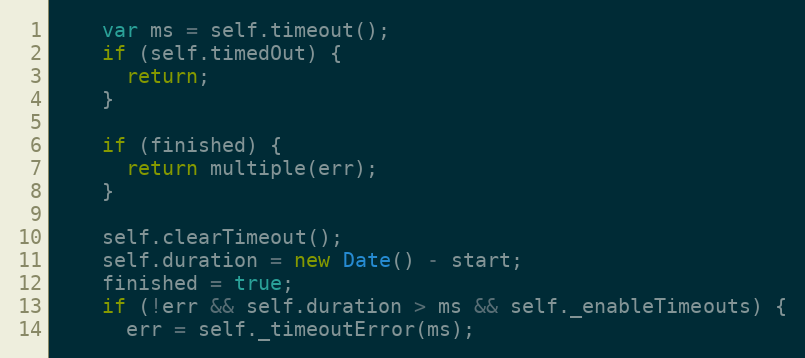
Language: JavaScript
    var ms = self.timeout();
    if (self.timedOut) {
      return;
    }

    if (finished) {
      return multiple(err);
    }

    self.clearTimeout();
    self.duration = new Date() - start;
    finished = true;
    if (!err && self.duration > ms && self._enableTimeouts) {
      err = self._timeoutError(ms);